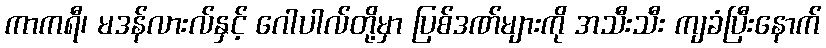
ကာကရီ၊ မဒန်လားလ်နှင့် ဂေါပါလ်တို့မှာ ပြစ်ဒဏ်များကို အသီးသီး ကျခံပြီးနောက်